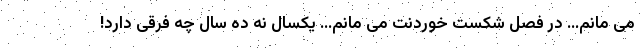
می‌ مانم… در فصل شکست خوردنت می‌ مانم… یکسال نه ده سال چه فرقی دارد!